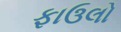
ફાઉલો